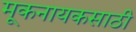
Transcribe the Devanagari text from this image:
मूकनायकसाठी